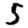
Digit: 5